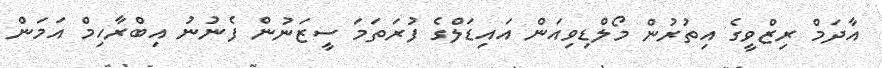
އާދަމް ރިޒްވީގެ އިތުރުން މޯލްޑިވިއަން އައިޑަލްގެ ފުރަތަމަ ސީޒަނުން ފެނުނު އިބްރާހިމް އަމަން